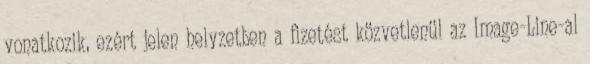
vonatkozik, ezért jelen helyzetben a fizetést közvetlenül az Image-Line-al